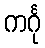
ကင်္ဂု